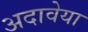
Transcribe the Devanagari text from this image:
अदावेया